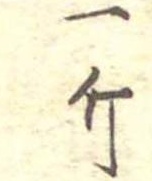
一斤